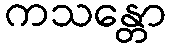
ကသန္တော